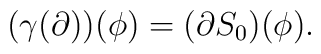
(\gamma(\partial))(\phi)=(\partial S_0)(\phi) .